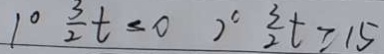
1 0 \frac { 3 } { 2 } t \leq 0 \frac { 3 } { 2 } t \geq 1 5